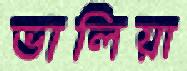
ভালিয়া